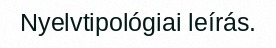
Nyelvtipológiai leírás.